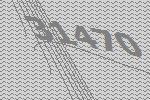
31470